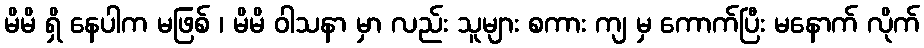
မိမိ ရှိ နေပါက မဖြစ် ၊ မိမိ ဝါသနာ မှာ လည်း သူများ စကား ကျ မှ ကောက်ပြီး မနောက် လိုက်